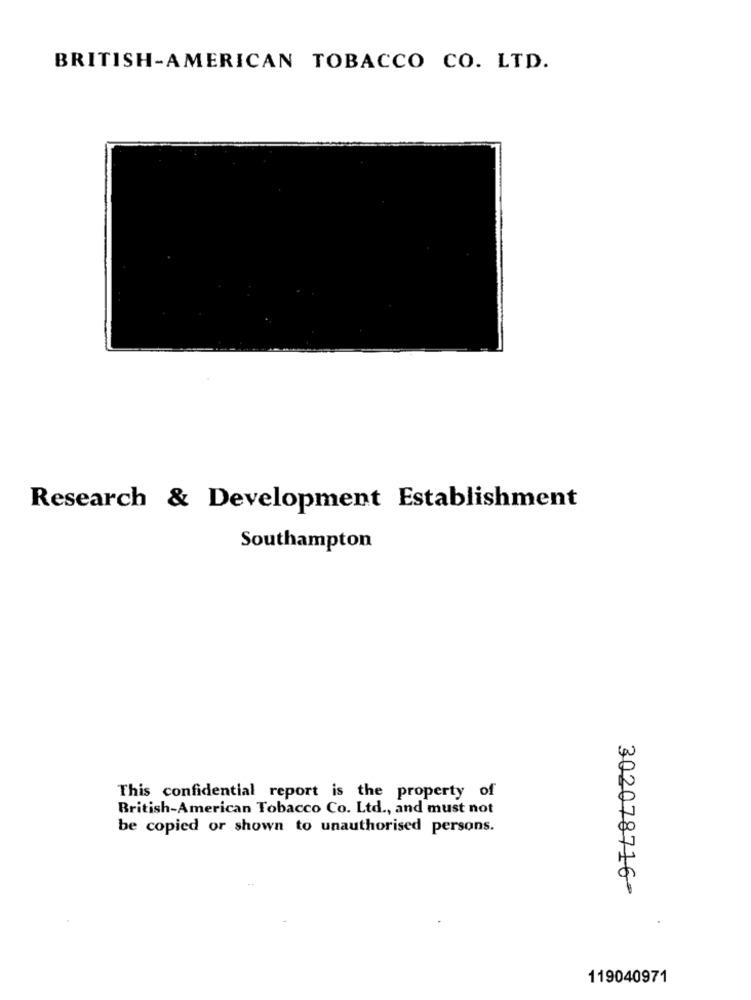
BRITISH-AMERICAN TOBACCO CO. LTD.
Research & Development Establishment
Southampton
This confidential report is the property of
British-American Tobacco Co. Ltd ., and must not
be copied or shown to unauthorised persons.
302078716-
119040971